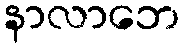
နာလာဘေ